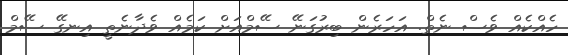
ހެއްކެއް ވެސް ނެތް. އަހަރެން ބިރުގަނޭ ސޭމްއަށް ކަމެއް ވެދާނެތީ އިނގޭ ސޭމް